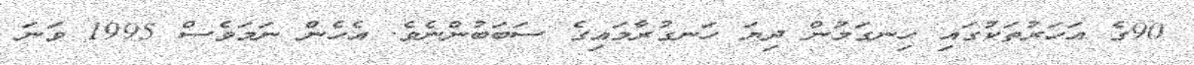
90ގެ އަހަރުތަކުގައި ހިނގަމުން ދިޔަ ހަނގުރާމައިގެ ސަބަބުންނެވެ. އެހެން ނަމަވެސް 1995 ވަނަ